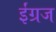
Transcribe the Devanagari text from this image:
ईंग्रज